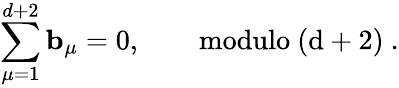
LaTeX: \sum_{\mu=1}^{d+2}{\mathbf b}_{\mu}=0,\qquad\mathrm{modulo~(d+2)~}.